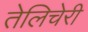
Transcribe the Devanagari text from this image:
तेलिचेरी